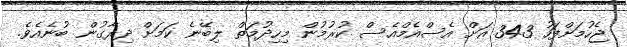
ޖެހުމަށްފަހު 343 އަށް އެސްއެމްއެސް ކުރުމުން މިހިދުމަތް ލިބޭނެ ކަމަށް ދިރާގުން ބުނެއެވެ.